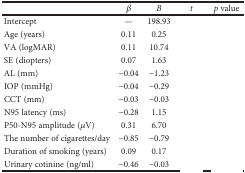
<table><thead><tr><td>[EMPTY_CELL]</td><td><b><i>β</i></b></td><td><b><i>B</i></b></td><td><b><i>t</i></b></td><td><b><i>p</i> value</b></td></tr></thead><tbody><tr><td>Intercept</td><td>—</td><td>198.93</td><td>[EMPTY_CELL]</td><td>[EMPTY_CELL]</td></tr><tr><td>Age (years)</td><td>0.11</td><td>0.25</td><td>[EMPTY_CELL]</td><td>[EMPTY_CELL]</td></tr><tr><td>VA (logMAR)</td><td>0.11</td><td>10.74</td><td>[EMPTY_CELL]</td><td>[EMPTY_CELL]</td></tr><tr><td>SE (diopters)</td><td>0.07</td><td>1.63</td><td>[EMPTY_CELL]</td><td>[EMPTY_CELL]</td></tr><tr><td>AL (mm)</td><td>−0.04</td><td>−1.23</td><td>[EMPTY_CELL]</td><td>[EMPTY_CELL]</td></tr><tr><td>IOP (mmHg)</td><td>−0.04</td><td>−0.29</td><td>[EMPTY_CELL]</td><td>[EMPTY_CELL]</td></tr><tr><td>CCT (mm)</td><td>−0.03</td><td>−0.03</td><td>[EMPTY_CELL]</td><td>[EMPTY_CELL]</td></tr><tr><td>N95 latency (ms)</td><td>−0.28</td><td>1.15</td><td>[EMPTY_CELL]</td><td>[EMPTY_CELL]</td></tr><tr><td>P50-N95 amplitude (<i>μ</i>V)</td><td>0.31</td><td>6.70</td><td>[EMPTY_CELL]</td><td>[EMPTY_CELL]</td></tr><tr><td>The number of cigarettes/day</td><td>−0.85</td><td>−0.79</td><td>[EMPTY_CELL]</td><td>[EMPTY_CELL]</td></tr><tr><td>Duration of smoking (years)</td><td>0.09</td><td>0.17</td><td>[EMPTY_CELL]</td><td>[EMPTY_CELL]</td></tr><tr><td>Urinary cotinine (ng/ml)</td><td>−0.46</td><td>−0.03</td><td>[EMPTY_CELL]</td><td>[EMPTY_CELL]</td></tr></tbody></table>